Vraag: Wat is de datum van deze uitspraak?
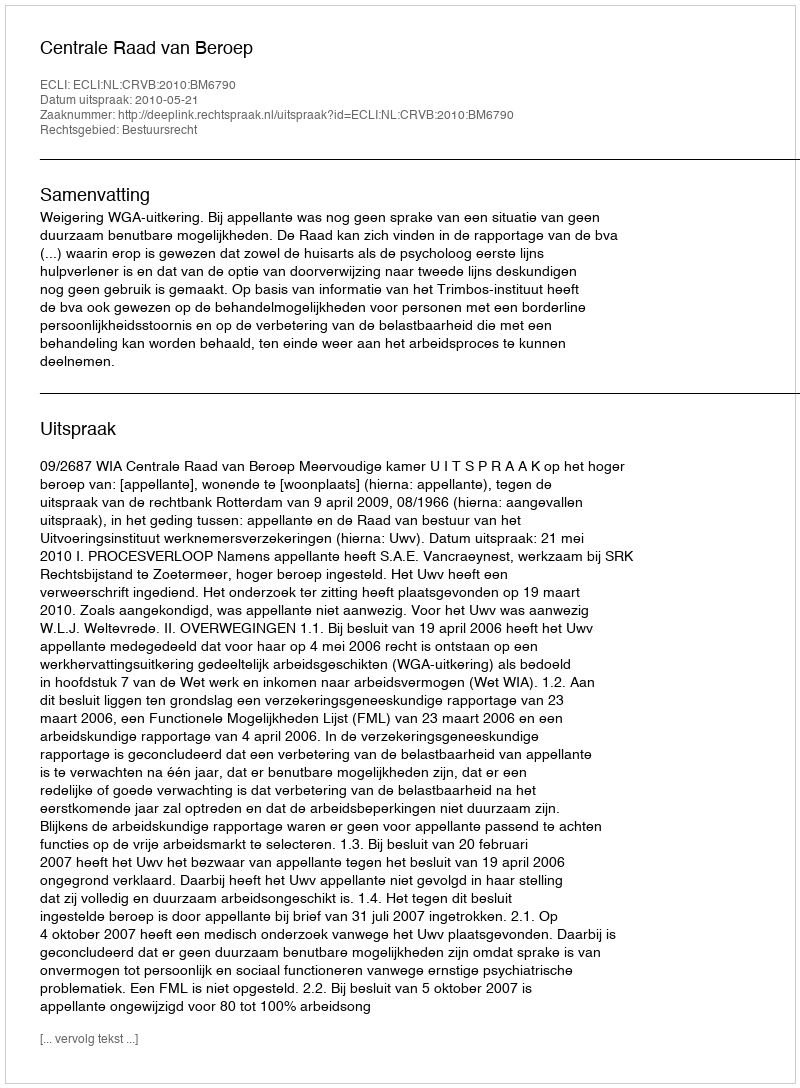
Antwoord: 2010-05-21